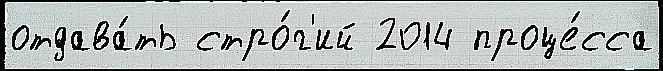
отдава́ть стро́г'ий 2014 проце́сса